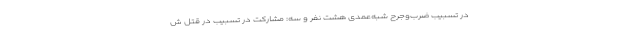
در تسبیب ضرب‌وجرح شبه‌عمدی هشت نفر و سه: مشارکت در تسبیب در قتل ش